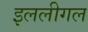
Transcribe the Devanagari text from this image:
इललीगल